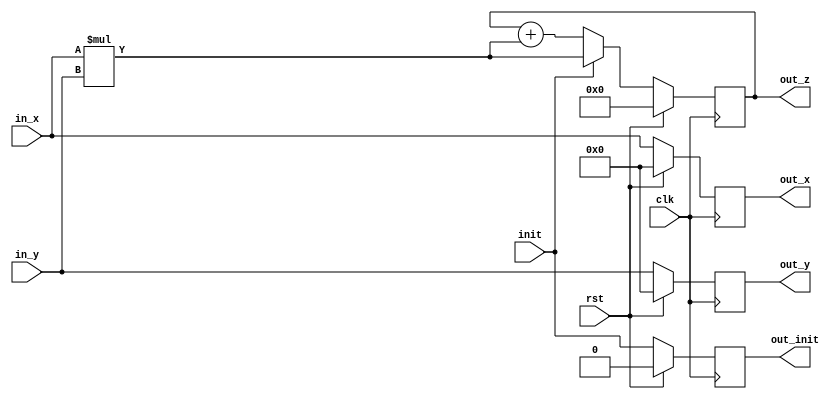
module mac #
(
    parameter D_W = 16
)
(   
    input  wire               clk,         // Clock
    input  wire               rst,         // reset
    input  wire               init,        // Initalize first op
    input  wire [D_W-1:0]     in_x,        // Input from X axis
    input  wire [D_W-1:0]     in_y,        // Input from Y axis
    output reg  [D_W-1:0]     out_x,       // x axis input passthrough
    output reg  [D_W-1:0]     out_y,       // y axis input passthrough
    output reg  [(2*D_W-1):0] out_z,       // Output for the sum
    output reg                out_init     // Init passthrough
);
//
always @(posedge clk) begin
    //
    out_x <= in_x;
    out_y <= in_y;
    out_init <= init;
    //
    if(rst) begin                       // Reset
        out_z <= 0;                     
        out_y <= 0;
        out_x <= 0;
        out_init <= 0;
    end
    //
    else if(init)
        out_z <= in_x * in_y;           // Multiply & Override 
    //
    else
        out_z <= out_z + (in_x* in_y);  // Multiply & Accumulate
    //
end
//
endmodule